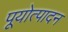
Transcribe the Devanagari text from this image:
पूयोत्पादन